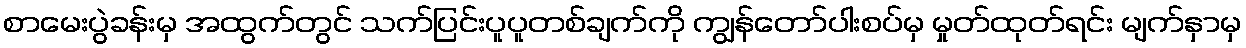
စာမေးပွဲခန်းမှ အထွက်တွင် သက်ပြင်းပူပူတစ်ချက်ကို ကျွန်တော်ပါးစပ်မှ မှုတ်ထုတ်ရင်း မျက်နှာမှ